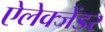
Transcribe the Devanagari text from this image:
ऐलेक्जेंडर